Vaccination United Provinces of Agra and Oudh 1923-1928 - 1923-1928
Year: 1923
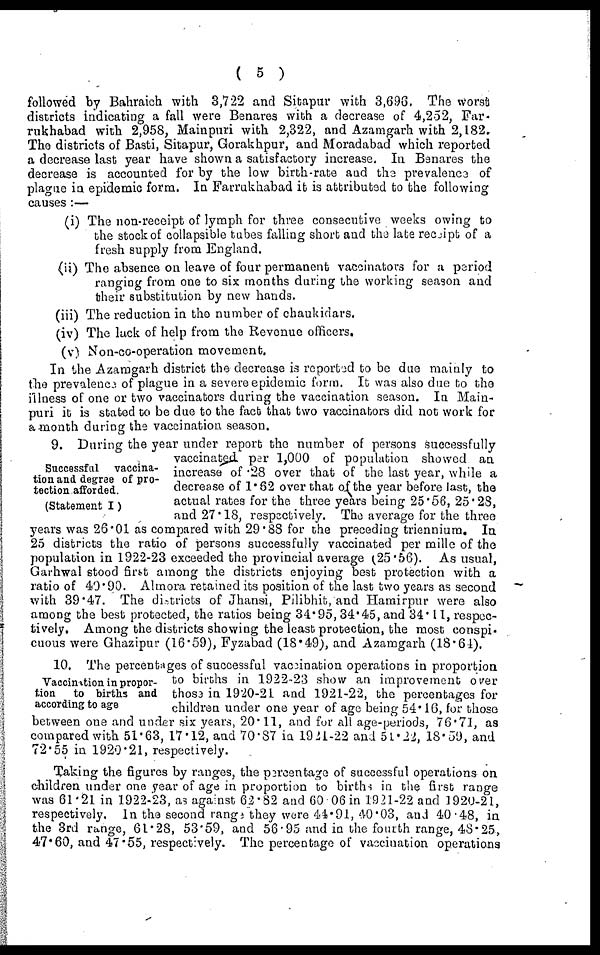
( 5 )
followed by Bahraich with 3,722 and Sitapur with 3,696. The worst
districts indicating a fall were Benares with a decrease of 4,252, Far.
rukhabad with 2,958, Mainpuri with 2,322, and Azamgarh with 2,182,
The districts of Basti, Sitapur, Gorakhpur, and Moradabad which reported
a decrease last year have shown a satisfactory increase. In Benares the
decrease is accounted for by the low birth-rate and the prevalence of
plague in epidemic form. In Farrukhabad it is attributed to the following
causes :—
(i) The non-receipt of lymph for three consecutive weeks owing to
the stock of collapsible tubes falling short and the late receipt of a
fresh supply from England.
(ii) The absence on leave of four permanent vaccinators for a period
ranging from one to six months during the working season and
their substitution by new hands.
(iii) The reduction in the number of chaukidars.
(iv) The lack of help from the Revenue officers.
(v) Non-co-operation movement.
In the Azamgarh district the decrease is reported to be due mainly to
the prevalence of plague in a severe epidemic form. It was also due to the
illness of one or two vaccinators during the vaccination season. In Main-
puri it is stated to be due to the fact that two vaccinators did not work for
a month during the vaccination season.
Successful vaccina-
tion and degree of pro-
tection afforded.
(Statement I)
9. During the year under report the number of persons successfully
vaccinated per 1,000 of population showed an
increase of .28 over that of the last year, while a
decrease of 1.62 over that of the year before last, the
actual rates for the three years being 25.56, 25.28,
and 27.18, respectively. The average for the three-
years was 26.01 as compared with 29.88 for the preceding triennium. In
25 districts the ratio of persons successfully vaccinated per mille of the
population in 1922-23 exceeded the provincial average (25.56). As usual,
Garhwal stood first among the districts enjoying best protection with a
ratio of 40.90. Almora retained its position of the last two years as second
with 39.47. The districts of Jhansi, Pilibhit, and Hamirpur were also
among the best protected, the ratios being 34.95, 34.45, and 34.11, respec-
tively. Among the districts showing the least protection, the most conspi-
cuous were Ghazipur (16.59), Fyzabad (18.49), and Azamgarh (18.64).
Vaccination in propor-
tion to births and
according to age
10. The percentages of successful vaccination operations in proportion
to births in 1922-23 show an improvement over
those in 1920-21 and 1921-22, the percentages for
children under one year of age being 54.16, for those
between one and under six years, 20.11, and for all age-periods, 76.71, as
compared with 51.63, 17.12, and 70.87 in 1921-22 and 54.22, 18.59, and
72.55 in 1920.21, respectively.
Taking the figures by ranges, the percentage of successful operations on
children under one year of age in proportion to births in the first range
was 61.21 in 1922-23, as against 62.82 and 60.06 in 1921-22 and 1920-21,
respectively. In the second range they were 41.91, 40.03, and 40.48, in
the 3rd range, 61.28, 53.59, and 56.95 and in the fourth range, 48.25,
47.60, and 47.55, respectively. The percentage of vaccination operations